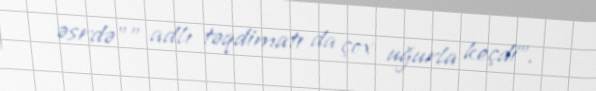
əsrdə"" adlı təqdimatı da çox uğurla keçdi”.